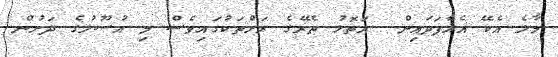
މާލެ އެކޭ އެއްފަދައިން  އަތޮޅު ތެރޭގެ ރަށްތަކުގައިވެސް މި އުސޫލުގެ ދަށުން